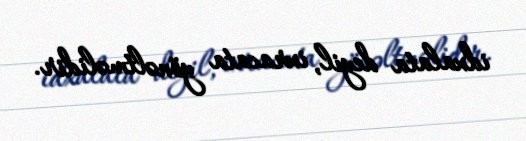
idxalata deyil, ixracata yönəltməlidir.